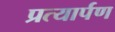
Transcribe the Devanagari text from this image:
प्रत्‍यार्पण